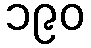
၁၉၀